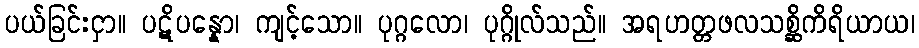
ပယ်ခြင်းငှာ။ ပဋိပန္နော၊ ကျင့်သော။ ပုဂ္ဂလော၊ ပုဂ္ဂိုလ်သည်။ အရဟတ္တဖလသစ္ဆိကိရိယာယ၊